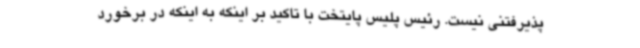
پذیرفتنی نیست. رئیس پلیس پایتخت با تاکید بر اینکه به اینکه در برخورد